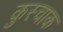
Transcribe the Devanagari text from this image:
कुस्चाक